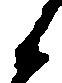
候